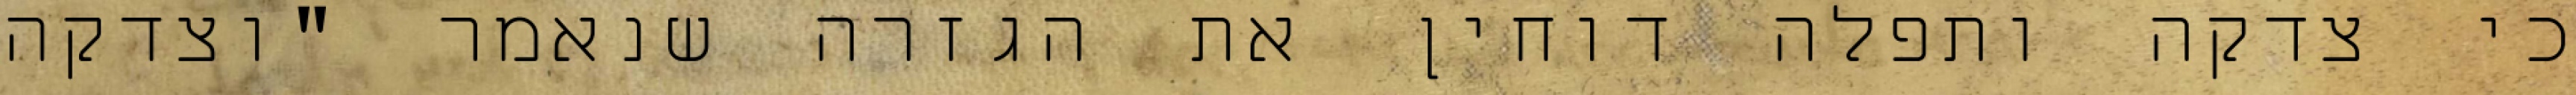
כי צדקה ותפלה דוחין את הגזרה שנאמר "וצדקה